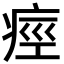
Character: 痙